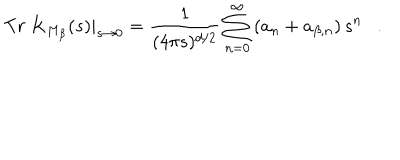
T r ~ K _ { M _ { \beta } } ( s ) | _ { s \rightarrow 0 } = { \frac { 1 } { ( 4 \pi s ) ^ { d / 2 } } } \sum _ { n = 0 } ^ { \infty } \left( a _ { n } + a _ { \beta , n } \right) s ^ { n } .